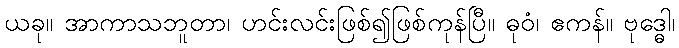
ယခု။ အာကာသဘူတာ၊ ဟင်းလင်းဖြစ်၍ဖြစ်ကုန်ပြီ။ ဓုဝံ၊ ဧကန်။ ဗုဒ္ဓေါ၊